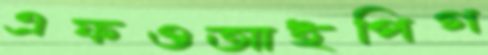
এফওআইপিগ